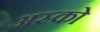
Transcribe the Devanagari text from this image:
अस्को